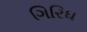
ગિરિધ